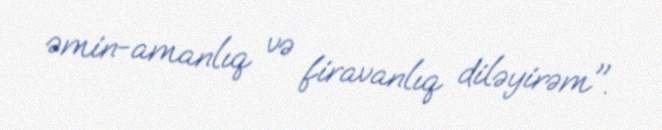
əmin-amanlıq və firavanlıq diləyirəm".